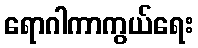
ရောဂါကာကွယ်ရေး